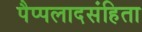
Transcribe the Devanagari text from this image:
पैप्पलादसंहिता